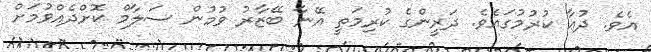
އެވެ. ދުޢާ ކުރުމުގައެވެ. ދަރީންގެ ކުރިމަތީ އޭނާ ބޭޒާރު ވުމުން ސަލާމް ކޮށްދެއްވުމަށް